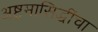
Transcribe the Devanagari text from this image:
अष्टमासिद्धींचा